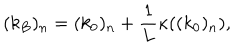
( k _ { B } ) _ { n } = ( k _ { 0 } ) _ { n } + \frac { 1 } { L } \kappa ( ( k _ { 0 } ) _ { n } ) ,